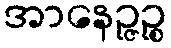
အာနေဉ္ဇဉ္စ